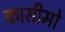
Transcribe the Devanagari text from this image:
कासीमो